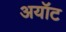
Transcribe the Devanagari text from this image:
अयॉट